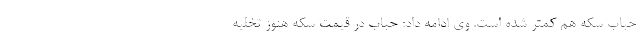
حباب سکه هم کمتر شده است. وی ادامه داد: حباب در قیمت سکه هنوز تخلیه